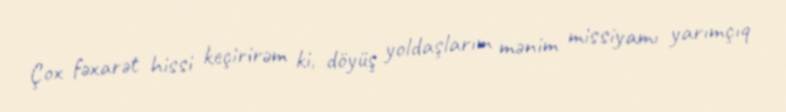
Çox fəxarət hissi keçirirəm ki, döyüş yoldaşlarım mənim missiyamı yarımçıq